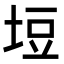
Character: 𭎞